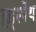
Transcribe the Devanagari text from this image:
हड्स्पेथ